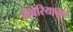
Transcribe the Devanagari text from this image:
सैबेरियातून